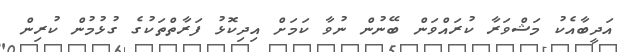
އަދީބާއެކު މަޝްވަރާ ކުރައްވަން ބޭނުން ނުވާ ކަމަށް އިދިކޮޅު ފަރާތްތަކުގެ ގުޅުމުން ކުރިން